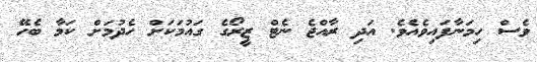
ވެސް ހިމަނާފައިވެއެވެ. އަދި ރާއްޖެ ނެޓް ޒީރޯގެ ގައުމަކަށް ހެދުމަށް ކަމާ ބެހޭ